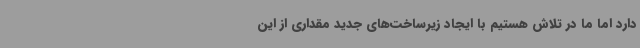
دارد اما ما در تلاش هستیم با ایجاد زیرساخت‌های جدید مقداری از این